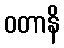
ဝတာနိ